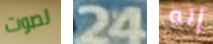
لصوت 24 إنه